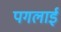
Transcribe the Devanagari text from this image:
पगलाई